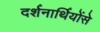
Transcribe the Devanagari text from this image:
दर्शनार्थियोंसे